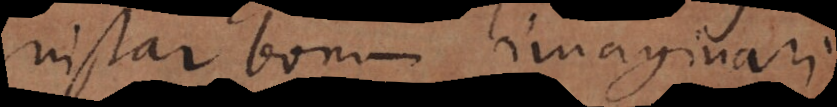
instar bonum imaginari